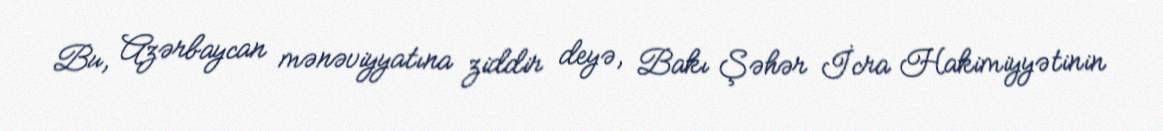
Bu, Azərbaycan mənəviyyatına ziddir deyə, Bakı Şəhər İcra Hakimiyyətinin